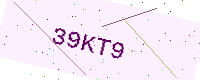
Text: 39KT9